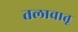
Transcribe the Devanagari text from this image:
तलावातू